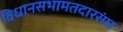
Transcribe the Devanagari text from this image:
विधानसभामतदारसंघ